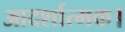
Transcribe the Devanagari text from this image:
आदर्शात्मक।